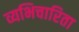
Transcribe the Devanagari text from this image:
व्यभिचारिता